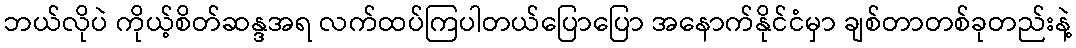
ဘယ်လိုပဲ ကိုယ့်စိတ်ဆန္ဒအရ လက်ထပ်ကြပါတယ်ပြောပြော အနောက်နိုင်ငံမှာ ချစ်တာတစ်ခုတည်းနဲ့